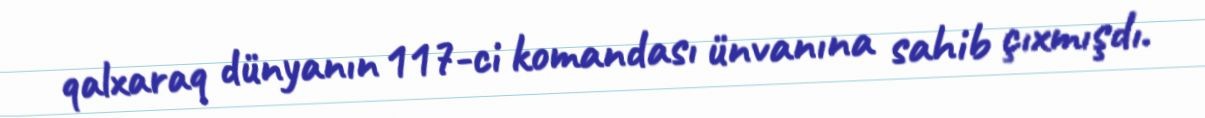
qalxaraq dünyanın 117-ci komandası ünvanına sahib çıxmışdı.